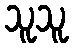
သူသူ